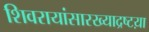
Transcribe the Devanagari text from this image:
शिवरायांसारख्याद्रष्टय़ा